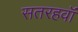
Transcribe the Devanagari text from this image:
सतरहवॉं